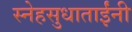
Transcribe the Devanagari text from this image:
स्नेहसुधाताईंनी